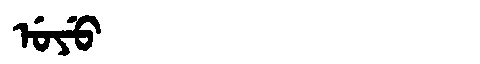
Manchu: ᡠᠶᡠ
Romanization: UYU